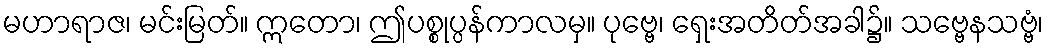
မဟာရာဇ၊ မင်းမြတ်။ ဣတော၊ ဤပစ္စုပ္ပန်ကာလမှ။ ပုဗ္ဗေ၊ ရှေးအတိတ်အခါ၌။ သဗ္ဗေနသဗ္ဗံ၊